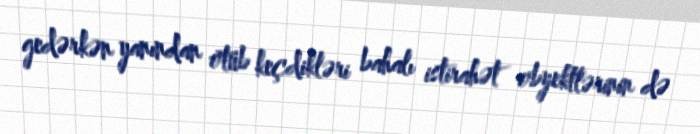
gedərkən yanından ötüb keçdikləri bahalı istirahət obyektlərinin də